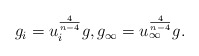
\begin{align*}g_{i}=u_{i}^{\frac{4}{n-4}}g,g_{\infty }=u_{\infty }^{\frac{4}{n-4}}g.\end{align*}